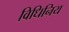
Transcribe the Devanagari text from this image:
विधिनिय